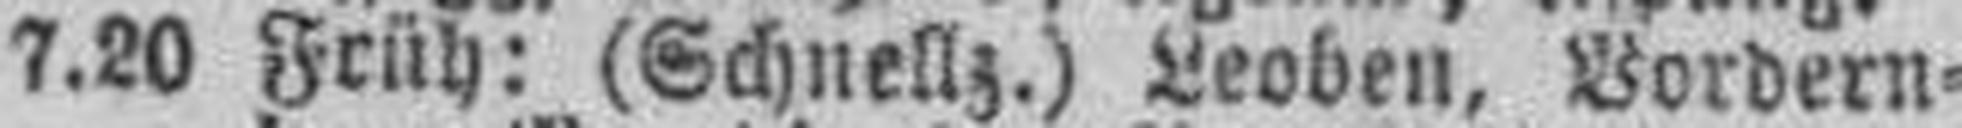
7.20 Früh: (Schnellz.) Leoben, Vordern¬